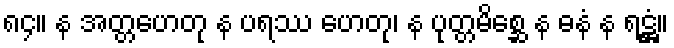
၈၄။ န အတ္တဟေတု န ပရဿ ဟေတု၊ န ပုတ္တမိစ္ဆေ န ဓနံ န ရဋ္ဌံ။